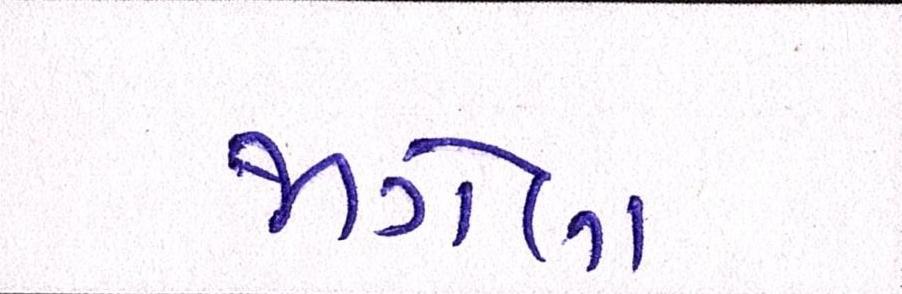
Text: જાગેલા